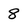
Character: 8